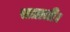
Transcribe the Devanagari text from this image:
सताती।